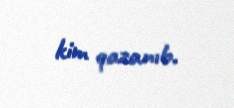
kim qazanıb.